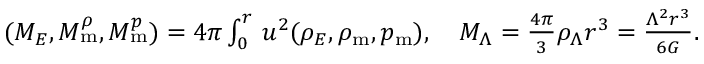
\begin{array} { r } { ( M _ { E } , M _ { \mathrm { m } } ^ { \rho } , M _ { \mathrm { m } } ^ { p } ) = 4 \pi \int _ { 0 } ^ { r } \d u \, u ^ { 2 } ( \rho _ { E } , \rho _ { \mathrm { m } } , p _ { \mathrm { m } } ) , \quad M _ { \Lambda } = \frac { 4 \pi } { 3 } \rho _ { \Lambda } r ^ { 3 } = \frac { \Lambda ^ { 2 } r ^ { 3 } } { 6 G } . } \end{array}